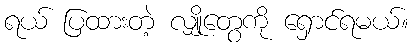
ရယ် ပြထားတဲ့ လျှိုတွေကို ရှောင်ရမယ်။